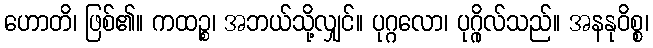
ဟောတိ၊ ဖြစ်၏။ ကထဉ္စ၊ အဘယ်သို့လျှင်။ ပုဂ္ဂလော၊ ပုဂ္ဂိုလ်သည်။ အနနုဝိစ္စ၊